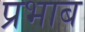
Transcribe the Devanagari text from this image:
प्रभाब